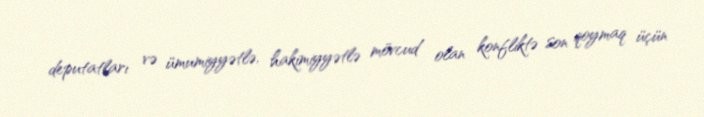
deputatları və ümumiyyətlə, hakimiyyətlə mövcud olan konfliktə son qoymaq üçün